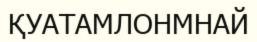
ҚУАТАМЛОНМНАЙ